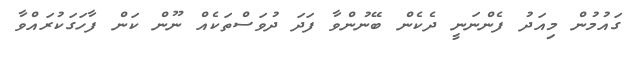
ގައުމުން މިއަދު ފެންނަނީ ދެކެން ބޭނުންވާ ފަދަ ދުވަސްތަކެއް ނޫން ކަން ފާހަގަކުރައްވާ